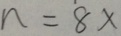
n = 8 x